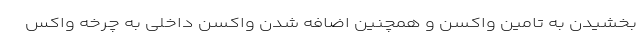
بخشیدن به تامین واکسن و همچنین اضافه شدن واکسن داخلی به چرخه واکس